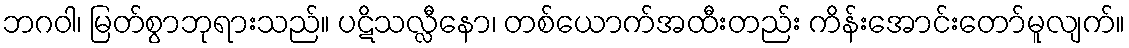
ဘဂဝါ၊ မြတ်စွာဘုရားသည်။ ပဋိသလ္လီနော၊ တစ်ယောက်အထီးတည်း ကိန်းအောင်းတော်မူလျက်။